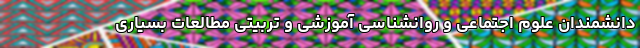
دانشمندان علوم اجتماعی و روانشناسی آموزشی و تربیتی مطالعات بسیاری